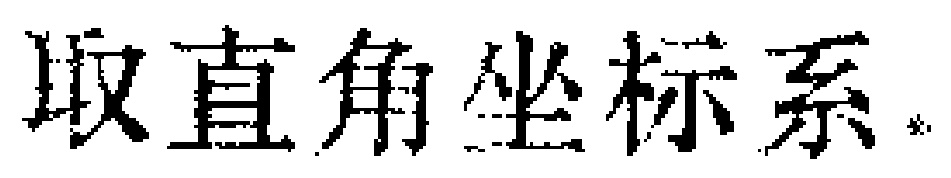
取直角坐标系*